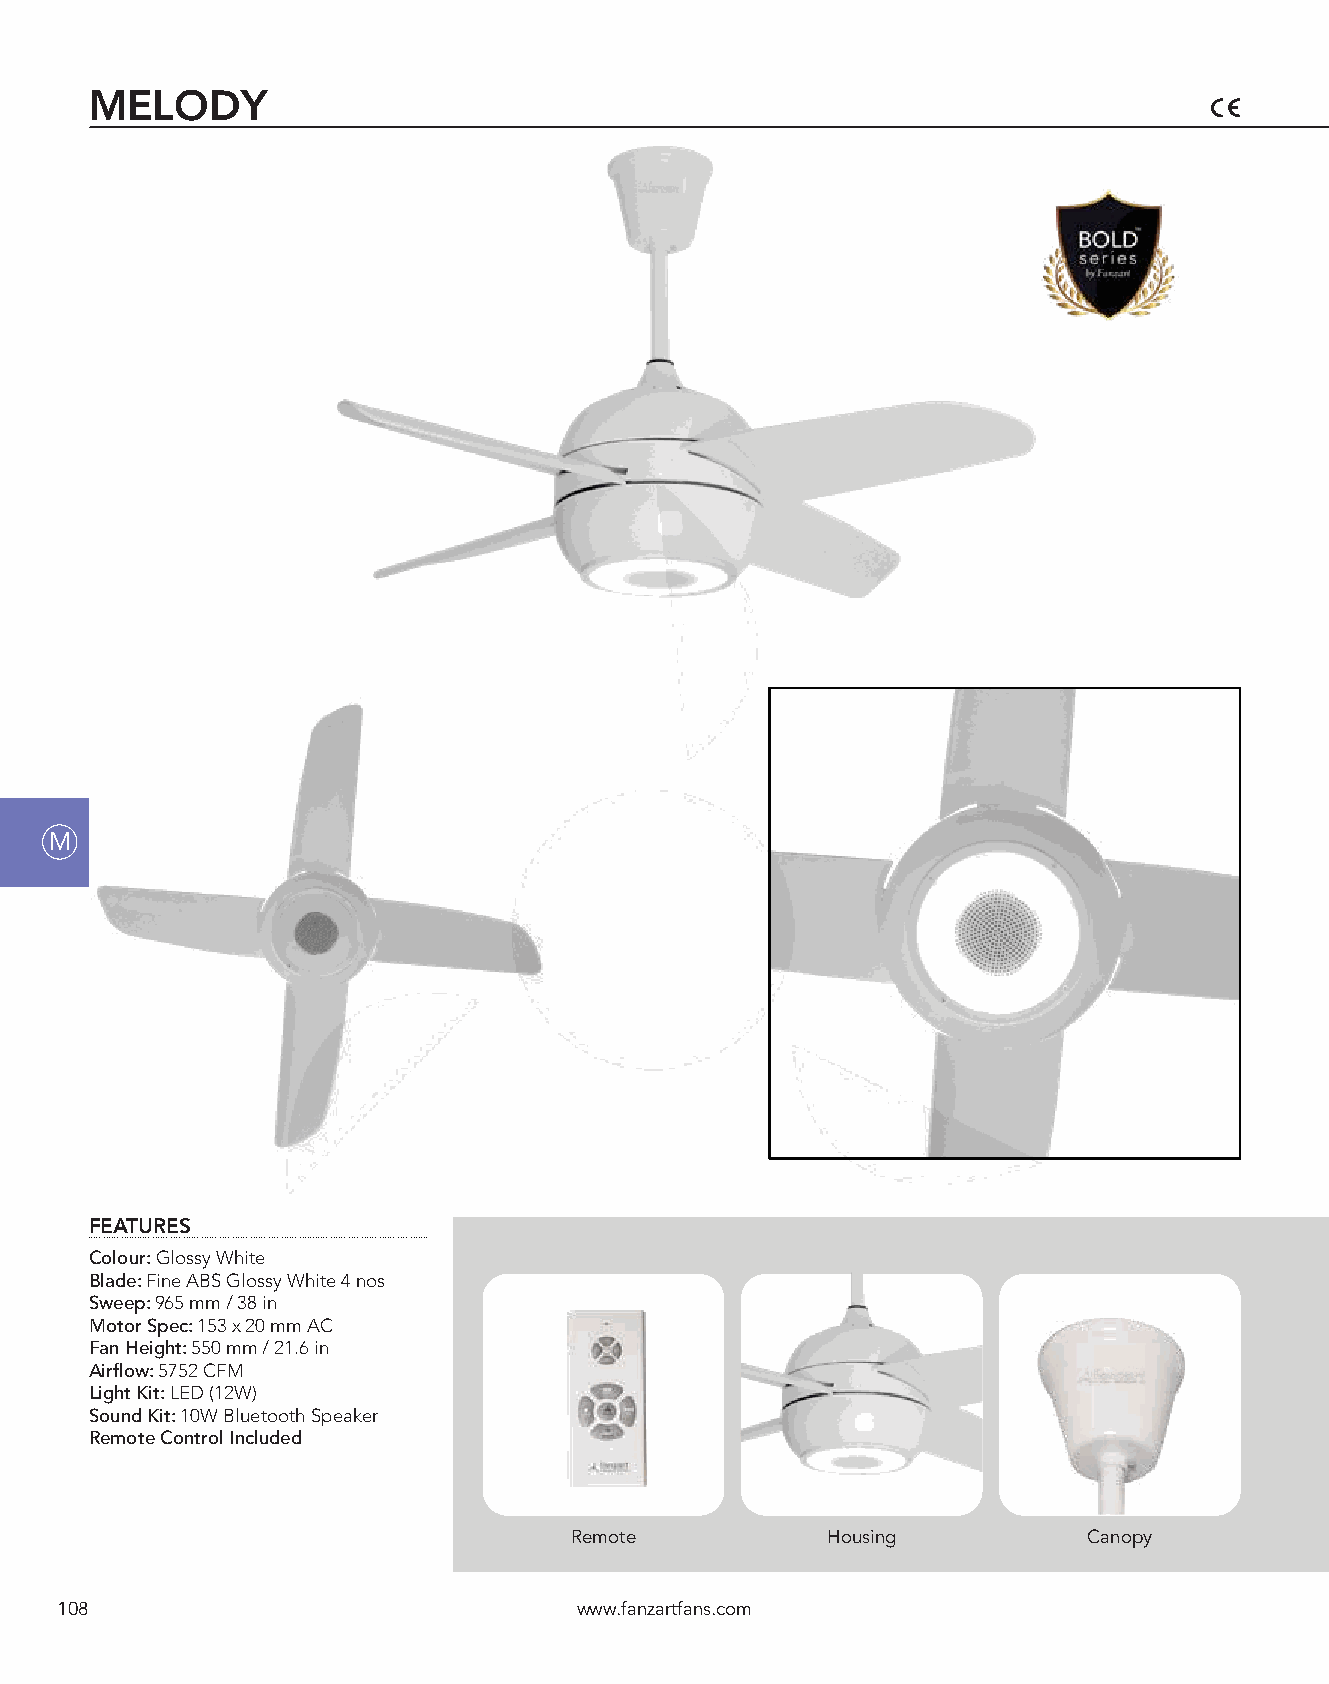
MELODY
 M
 FEATURES
 Colour: Glossy White
 Blade: Fine ABS Glossy White 4 nos
 Sweep: 965 mm / 38 in
 Motor Spec: 153 x 20 mm AC
 Fan Height: 550 mm / 21.6 in
 Airflow: 5752 CFM
 Light Kit: LED (12W)
 Sound Kit: 10W Bluetooth Speaker
 Remote Control Included
 Remote           Housing          Canopy
 108                               www.fanzartfans.com